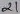
Text: 21